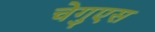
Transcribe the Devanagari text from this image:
चेगुएस